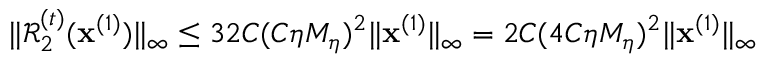
\| \mathcal { R } _ { 2 } ^ { ( t ) } ( \mathbf { x } ^ { ( 1 ) } ) \| _ { \infty } \leq 3 2 C ( C \eta M _ { \eta } ) ^ { 2 } \| \mathbf { x } ^ { ( 1 ) } \| _ { \infty } = 2 C ( 4 C \eta M _ { \eta } ) ^ { 2 } \| \mathbf { x } ^ { ( 1 ) } \| _ { \infty }